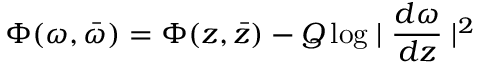
\Phi ( \omega , \bar { \omega } ) = \Phi ( z , \bar { z } ) - Q \log \mid \frac { d \omega } { d z } \mid ^ { 2 }